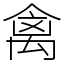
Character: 禽